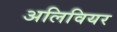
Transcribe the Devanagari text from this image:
अलिवियर